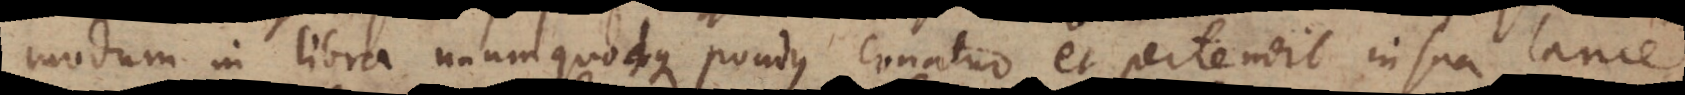
modum in libra unumquodque pondus conatur et pertendit in sua lance